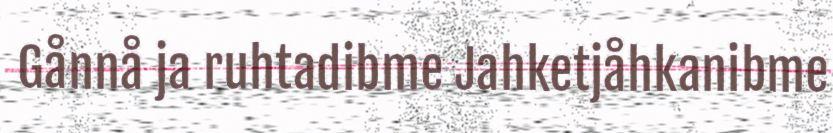
Gånnå ja ruhtadibme Jahketjåhkanibme